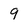
Character: 9